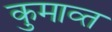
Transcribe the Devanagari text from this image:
कुमाव्त